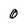
Character: 0